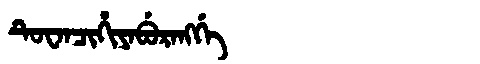
Manchu: ᡨᡠᠸᠠᠨᠴᡳᡥᡳᠶᠠᠪᡠᡵᠠᠩᡤᡝ
Romanization: TUWANCIHIYABURANGGE